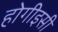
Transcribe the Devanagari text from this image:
होगीइसी